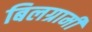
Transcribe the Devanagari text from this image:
बिलग्रामी